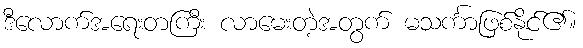
ဒီလောက်အရေးတကြီး လာမေးတဲ့အတွက် မသင်္ကာဖြစ်နိုင်၏။